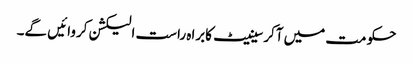
حکومت میں آکرسینیٹ کابراہ راست الیکشن کروائیں گے۔